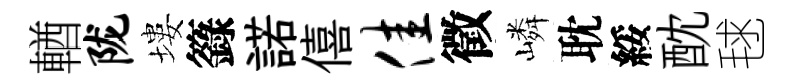
輶陇塿籙諾僖佳徵嶙耽綏酖毬